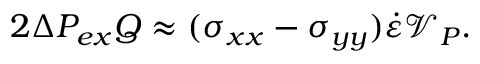
2 \Delta P _ { e x } Q \approx ( \sigma _ { x x } - \sigma _ { y y } ) \dot { \varepsilon } \mathcal { V } _ { P } .